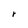
Character: r